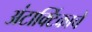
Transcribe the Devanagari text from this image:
अंटार्क्टिकाचे